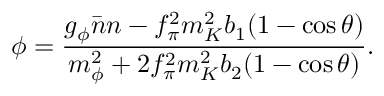
\phi = { \frac { g _ { \phi } \bar { n } n - f _ { \pi } ^ { 2 } m _ { K } ^ { 2 } b _ { 1 } ( 1 - \cos \theta ) } { m _ { \phi } ^ { 2 } + 2 f _ { \pi } ^ { 2 } m _ { K } ^ { 2 } b _ { 2 } ( 1 - \cos \theta ) } } .